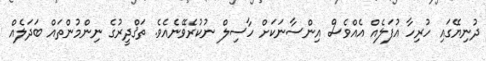
ދުނިޔޭގައި ހުރިހާ އުފަލެއް އެއްވެސް އިންސާނަކަށް ހާސިލް ނުކުރެވޭނެއެވެ. ތަޤްދީރުގެ ނިންމުންތައް ބަދަލެއް